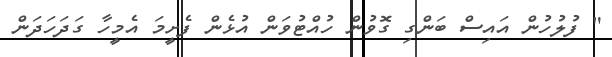
" ފުލުހުން އައިސް ބަންގި ގޮވުން ހުއްޓުވަން އުޅެން ފެށީމަ އެމީހާ ގަދަހަދަން